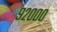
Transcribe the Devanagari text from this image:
९२०००